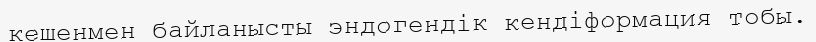
кешенмен байланысты эндогендік кендіформация тобы.